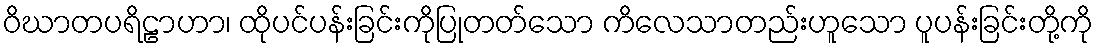
ဝိဃာတပရိဠာဟာ၊ ထိုပင်ပန်းခြင်းကိုပြုတတ်သော ကိလေသာတည်းဟူသော ပူပန်းခြင်းတို့ကို